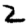
Digit: 2